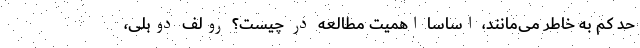
حد کم به خاطر می‌مانند، اساساً اهمیت مطالعه در چیست؟ رولف دوبلی،